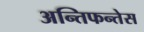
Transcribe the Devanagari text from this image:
अन्तिफन्तेस